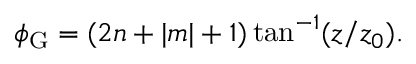
\begin{array} { r } { \phi _ { \mathrm { G } } = ( 2 n + | m | + 1 ) \tan ^ { - 1 } ( z / z _ { 0 } ) . } \end{array}